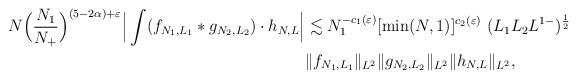
LaTeX: \begin{align*} N \Big( \frac{N_1}{N_+} \Big)^{(5-2\alpha)+\varepsilon} \Big | \int (f_{N_1,L_1}\ast g_{N_2,L_2})\cdot h_{N,L}\Big| &\lesssim N_1^{-c_1(\varepsilon)} [\min(N, 1)]^{c_2(\varepsilon)}~(L_1L_2L^{1-})^{\frac{1}{2}} \\&\|f_{N_1,L_1}\|_{L^2}\|g_{N_2,L_2}\|_{L^2}\|h_{N,L}\|_{L^2},\end{align*}